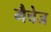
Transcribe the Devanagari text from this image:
मैचेज